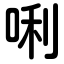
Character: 唎